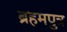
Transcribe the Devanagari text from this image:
ब्रहमपुत्र